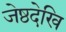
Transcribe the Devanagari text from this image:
जेष्ठदेखि